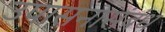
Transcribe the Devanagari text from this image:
उपासनासंबंध